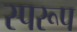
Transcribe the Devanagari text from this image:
स्परूप